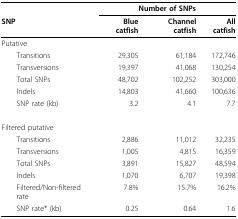
<table><thead><tr><td></td><td colspan="3"><b>Number of SNPs</b></td></tr><tr><td><b>SNP</b></td><td><b>Blue catfish</b></td><td><b>Channel catfish</b></td><td><b>All catfish</b></td></tr></thead><tbody><tr><td>Putative</td><td></td><td></td><td></td></tr><tr><td> Transitions</td><td>29,305</td><td>61,184</td><td>172,746</td></tr><tr><td> Transversions</td><td>19,397</td><td>41,068</td><td>130,254</td></tr><tr><td> Total SNPs</td><td>48,702</td><td>102,252</td><td>303,000</td></tr><tr><td> Indels</td><td>14,803</td><td>41,660</td><td>100,636</td></tr><tr><td> SNP rate (kb)</td><td>3.2</td><td>4.1</td><td>7.7</td></tr><tr><td>Filtered putative</td><td></td><td></td><td></td></tr><tr><td> Transitions</td><td>2,886</td><td>11,012</td><td>32,235</td></tr><tr><td> Transversions</td><td>1,005</td><td>4,815</td><td>16,359</td></tr><tr><td> Total SNPs</td><td>3,891</td><td>15,827</td><td>48,594</td></tr><tr><td> Indels</td><td>1,070</td><td>6,707</td><td>19,398</td></tr><tr><td> Filtered/Non-filtered rate</td><td>7.8%</td><td>15.7%</td><td>16.2%</td></tr><tr><td> SNP rate* (kb)</td><td>0.25</td><td>0.64</td><td>1.6</td></tr></tbody></table>